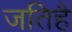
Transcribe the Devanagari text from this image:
जतिहै